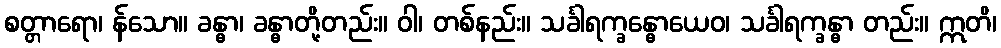
စတ္တာရော၊ န်သော။ ခန္ဓာ၊ ခန္ဓာတို့တည်း။ ဝါ၊ တစ်နည်း။ သင်္ခါရက္ခန္ဓောယေဝ၊ သင်္ခါရက္ခန္ဓာ တည်း။ ဣတိ၊